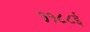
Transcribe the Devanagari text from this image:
११८८ई